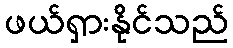
ဖယ်ရှားနိုင်သည်